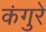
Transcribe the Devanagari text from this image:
कंगुरे